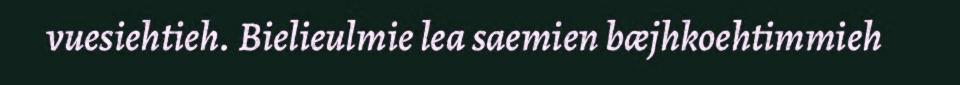
vuesiehtieh. Bielieulmie lea saemien bæjhkoehtimmieh